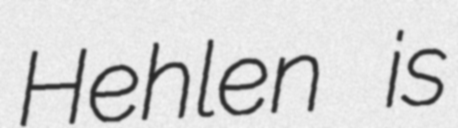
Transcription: Hehlen is